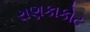
રાણકાકોટ